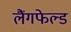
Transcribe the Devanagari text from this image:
लैंगफेल्ड